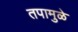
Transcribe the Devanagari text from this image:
तपामुळे